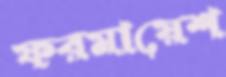
ফরমায়েশ